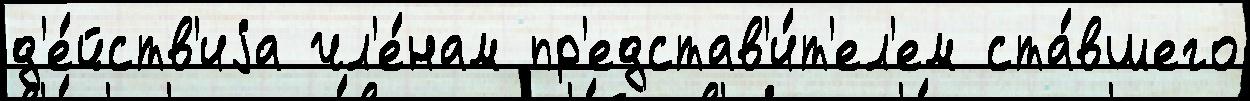
д'е́йств'иjа чл'е́нам пр'едстав'и́т'ел'ем ста́вшего